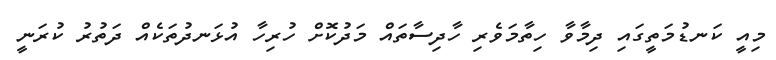
މިއީ ކަނޑުމަތީގައި ދިމާވާ ހިތާމަވެރި ހާދިސާތައް މަދުކޮށް ހުރިހާ އުޅަނދުތަކެއް ދަތުރު ކުރަނީ